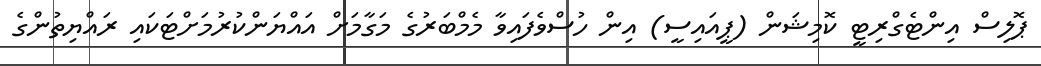
ޕޮލިސް އިންޓެގްރިޓީ ކޮމިޝަން (ޕީއައިސީ) އިން ހުސްވެފައިވާ މެމްބަރުގެ މަގާމަށް އައްޔަންކުރުމަށްޓަކައި ރައްޔިތުންގެ